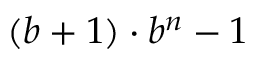
( b + 1 ) \cdot b ^ { n } - 1